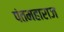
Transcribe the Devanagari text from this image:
पंतमहाराज